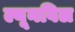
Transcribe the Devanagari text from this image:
ल्यूनविल